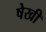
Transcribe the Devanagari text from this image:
षेखी